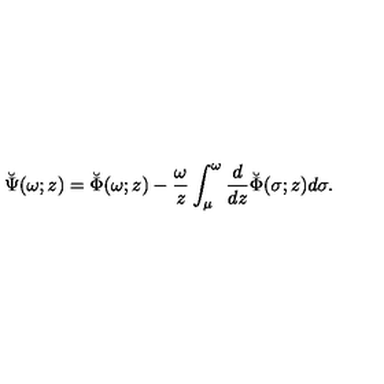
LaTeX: \breve { \Psi } ( \omega ; z ) = \breve { \Phi } ( \omega ; z ) - { \frac { \omega } { z } } \int _ { \mu } ^ { \omega } { \frac { d } { d z } } \breve { \Phi } ( \sigma ; z ) d \sigma .